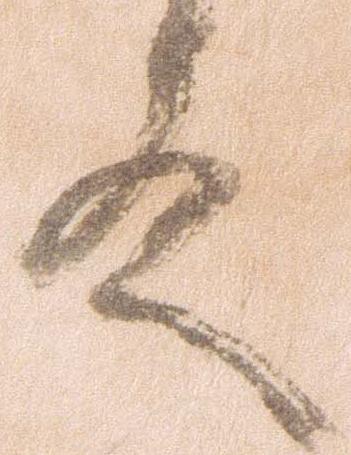
殿